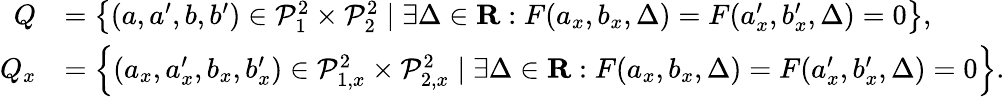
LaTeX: \begin{array}{rl}{Q}&{=\left\{ (a,a^{\prime},b,b^{\prime})\in\mathcal P_{1}^{2}\times\mathcal P_{2}^{2}\mid\exists\Delta\in\mathbf{R}:F(a_{x},b_{x},\Delta)=F(a_{x}^{\prime},b_{x}^{\prime},\Delta)=0\right\} ,}\\ {Q_{x}}&{=\left\{ (a_{x},a_{x}^{\prime},b_{x},b_{x}^{\prime})\in\mathcal{P}_{1,x}^{2}\times\mathcal{P}_{2,x}^{2}\mid\exists\Delta\in\mathbf{R}:F(a_{x},b_{x},\Delta)=F(a_{x}^{\prime},b_{x}^{\prime},\Delta)=0\right\} .}\end{array}